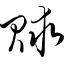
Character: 赇